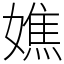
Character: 嫶